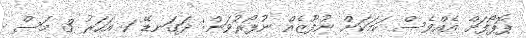
ޕޮޕޯފަށް އެއްވެސް ކަމަކަށް ނުފޫޒެއް ނުފޯރުވަން: ދަގަނޑޭ 1 އަހަރު 3 މަސް